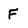
Character: F